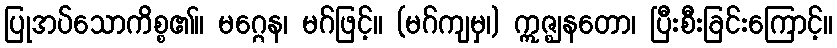
ပြုအပ်သောကိစ္စ၏။ မဂ္ဂေန၊ မဂ်ဖြင့်။ (မဂ်ကျမှ၊) ဣဇ္ဈနတော၊ ပြီးစီးခြင်းကြောင့်။